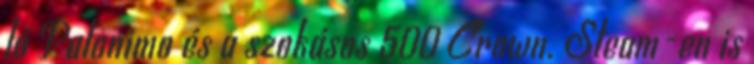
ló Palonimo és a szokásos 500 Crown. Steam-en is